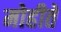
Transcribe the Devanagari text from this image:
मोहीते